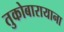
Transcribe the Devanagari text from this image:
तुकोबारायाना